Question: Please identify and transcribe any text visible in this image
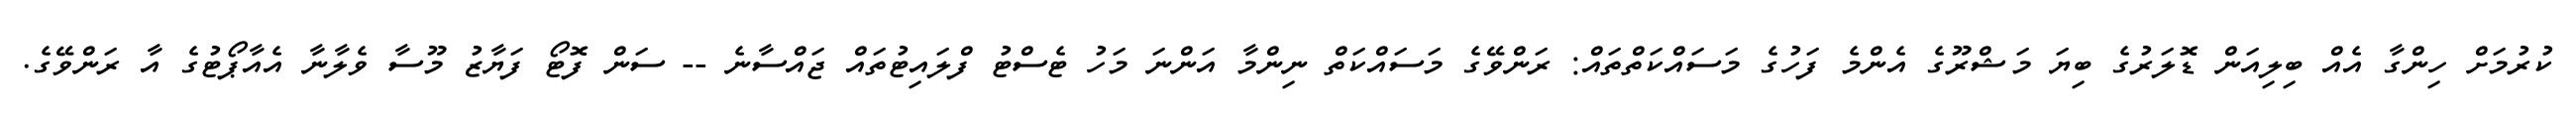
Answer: ކުރުމަށް ހިންގާ އެއް ބިލިއަން ޑޮލަރުގެ ބިޔަ މަޝްރޫގެ އެންމެ ފަހުގެ މަސައްކަތްތައް: ރަންވޭގެ މަސައްކަތް ނިންމާ އަންނަ މަހު ޓެސްޓު ފްލައިޓުތައް ޖައްސާނެ -- ސަން ފޮޓޯ ފަޔާޒު މޫސާ ވެލާނާ އެއާޕޯޓުގެ އާ ރަންވޭގެ.